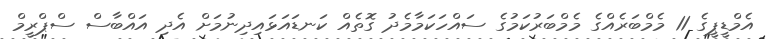
އެމްޑީޕީގެ 11 މެމްބަރެއްގެ މެމްބަރުކަމުގެ ސައްހަކަމާމެދު ގޮތެއް ކަނޑައަޅައިދިނުމަށް އެދި އައްބާސް ސްޕްރީމް